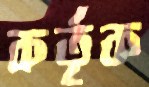
কর্তৃক